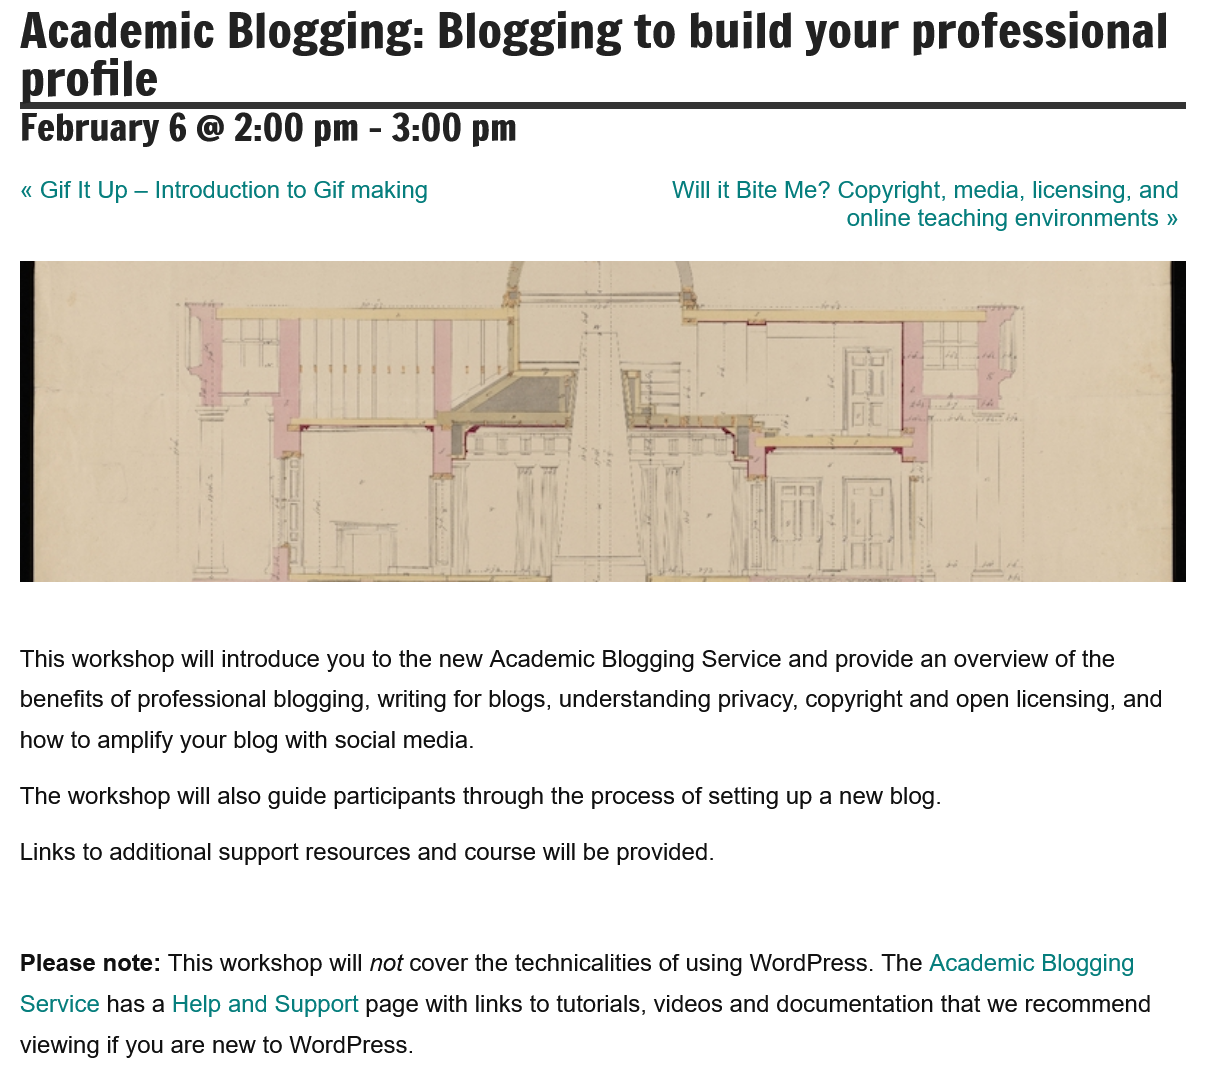
Please note: This workshop will not cover the technicalities of using WordPress. The Academic Blogging
  Service has a Help and Support page with links to tutorials, videos and documentation that we recommend
  viewing if you are new to WordPress.
  Links to additional support resources and course will be provided.
  The workshop will also guide participants through the process of setting up a new blog.
  This workshop will introduce you to the new Academic Blogging Service and provide an overview of the
  benefits of professional blogging, writing for blogs, understanding privacy, copyright and open licensing, and
  how  to amplify your blog with social media.
  February    6 @  2:00   pm
     -
     3:00   pm
  Academic    Blogging:    Blogging    to   build    your    professional
  profile
  « Gif It Up —
     Introduction to Gif making    Will it Bite Me? Copyright, media, licensing, and
     online teaching environments »